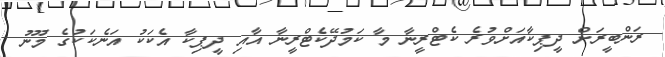
ރަންބީރަށް ދީޕިކާއަށްވުރެ ކެޓްރީނާ މާ ކަމުދޭކެޓްރީނާ އާއި ދީޕިކާ އެކަކު އަނެކަކުގެ މޫނު